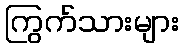
ကြွက်သားများ